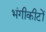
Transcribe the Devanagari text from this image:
भंगीकीटों